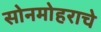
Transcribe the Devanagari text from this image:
सोनमोहराचे